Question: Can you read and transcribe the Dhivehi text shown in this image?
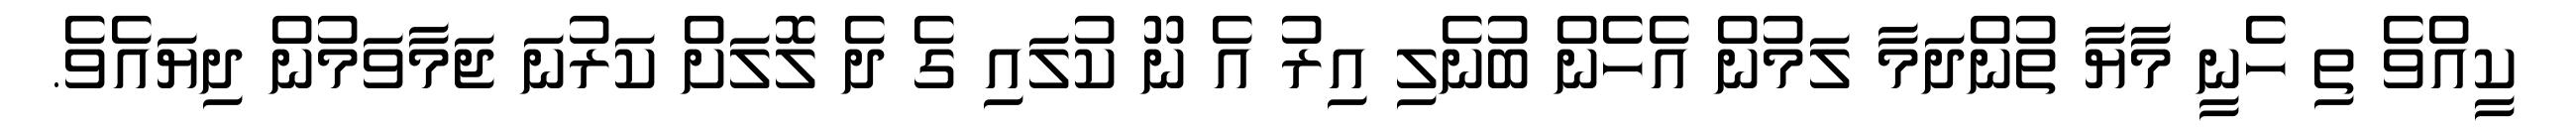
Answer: ކީއްވެ ތި ހެނީ މާޔާ ތުންދަމާ ލަމުން އެހެން ބުނެލި އިރު އެ ނޫ ކުލައި ގެ ދެ ލޮލަށް ކަރުނަ ޖަމާވަމުން ދިޔައެވެ.